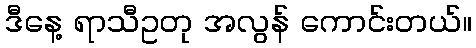
ဒီနေ့ ရာသီဥတု အလွန် ကောင်းတယ်။